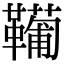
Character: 𩍘